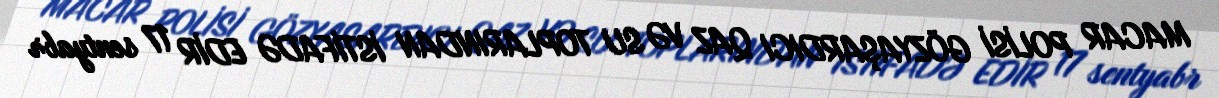
MACAR POLİSİ GÖZYAŞARDICI QAZ VƏ SU TOPLARINDAN İSTİFADƏ EDİR 17 sentyabr